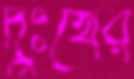
দুঃখের